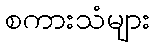
စကားသံများ